Lunatic asylums Madras 1877-1891 - 1877-1891
Year: 1877
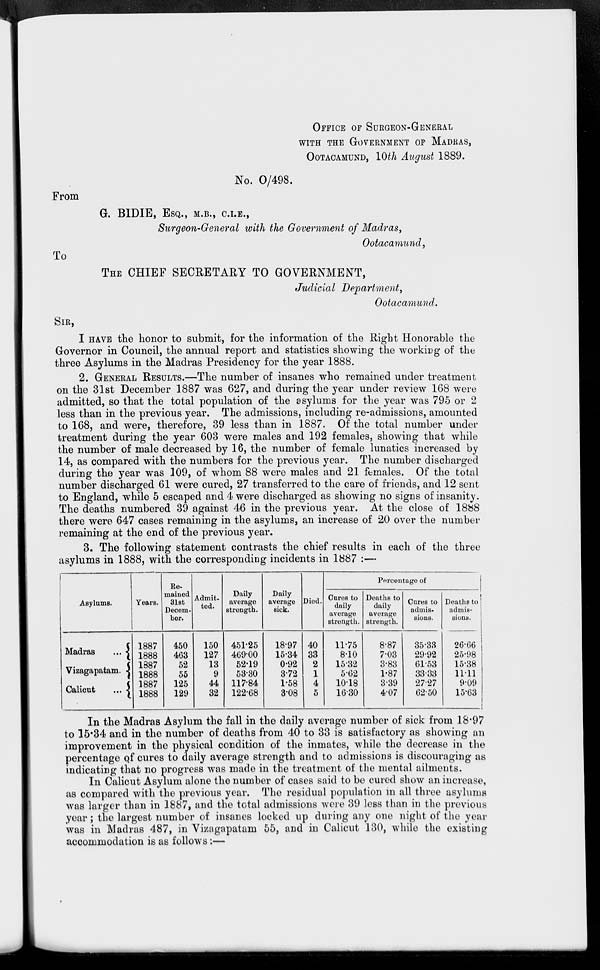
OFFICE OF SURGEON-GENERAL
WITH THE GOVERNMENT OF MADRAS,
OOTACAMUND, 10th August 1889.
No. 0/498.
From
G. BIDIE, ESQ., M.B., C.I.E.,
Surgeon-General with the Government of Madras,
Ootacamund,
To
THE CHIEF SECRETARY TO GOVERNMENT,
Judicial Department,
Ootacamund.
SIR,
I HAVE the honor to submit, for the information of the Right Honorable the
Governor in Council, the annual report and statistics showing the working of the
three Asylums in the Madras Presidency for the year 1888.
2. GENERAL RESULTS.—The number of insanes who remained under treatment
on the 31st December 1887 was 627, and during the year under review 168 were
admitted, so that the total population of the asylums for the year was 795 or 2
less than in the previous year. The admissions, including re-admissions, amounted
to 168, and were, therefore, 39 less than in 1887. Of the total number under
treatment during the year 603 were males and 192 females, showing that while
the number of male decreased by 16, the number of female lunatics increased by
14, as compared with the numbers for the previous year. The number discharged
during the year was 109, of whom 88 were males and 21 females. Of the total
number discharged 61 were cured, 27 transferred to the care of friends, and 12 sent
to England, while 5 escaped and 4 were discharged as showing no signs of insanity.
The deaths numbered 39 against 46 in the previous year. At the close of 1888
there were 647 cases remaining in the asylums, an increase of 20 over the number
remaining at the end of the previous year.
3. The following statement contrasts the chief results in each of the three
asylums in 1888, with the corresponding incidents in 1887 :—
Asylums.
Madras
...
Vizagapatam.
Calicut
...
Years.
1887
1888
1887
1888
1887
1888
Re-
mained
31st
Decem-
ber.
450
463
52
55
125
129
Admit-
ted.
150
127
13
9
44
32
Daily
average
strength.
451.25
469.00
52.19
53.30
117.84
122.68
Daily
average
sick.
18.97
15.34
0.92
3.72
1.58
3.08
Died.
40
33
2
1
4
5
Percentage of
Cures to
daily
average
strength.
11.75
8.10
15.32
5.62
10.18
16.30
Deaths to
daily
average
strength.
8.87
7.03
3.83
1.87
3.39
4.07
Cures to
admis-
sions.
35.33
29.92
61.53
33.33
27.27
62.50
Deaths to
admis-
sions.
26.66
25.98
15.38
11.11
9.09
15.63
In the Madras Asylum the fall in the daily average number of sick from 18.97
to 15.34 and in the number of deaths from 40 to 33 is satisfactory as showing an
improvement in the physical condition of the inmates, while the decrease in the
percentage of cures to daily average strength and to admissions is discouraging as
indicating that no progress was made in the treatment of the mental ailments.
In Calicut Asylum alone the number of cases said to be cured show an increase,
as compared with the previous year. The residual population in all three asylums
was larger than in 1887, and the total admissions were 39 less than in the previous
year; the largest number of insanes locked up during any one night of the year
was in Madras 487, in Vizagapatam 55, and in Calicut 130, while the existing
accommodation is as follows:—